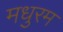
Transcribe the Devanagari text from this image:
मधुरम